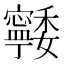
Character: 𭔨